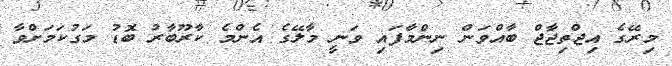
މިރޭގެ އިޖްތިޖާޖް ބާއްވަން ނިންމާފައި ވަނީ މާލޭގެ އެންމެ ކާރޫބާރު ބޮޑު މަގުކަމަށްވާ